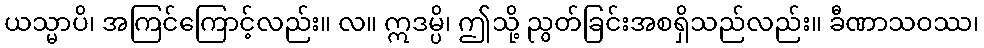
ယသ္မာပိ၊ အကြင်ကြောင့်လည်း။ လ။ ဣဒမ္ပိ၊ ဤသို့ ညွတ်ခြင်းအစရှိသည်လည်း။ ခီဏာသဝဿ၊